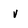
Character: v